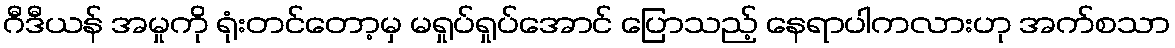
ဂီဒီယန် အမှုကို ရုံးတင်တော့မှ မရှုပ်ရှုပ်အောင် ပြောသည့် နေရာပါကလားဟု အက်စသာ